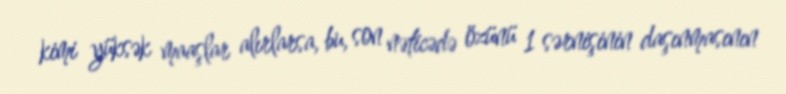
kimi yüksək maaşlar alırlarsa, bu, son nəticədə özünü 1 sərnişinin daşınmasının